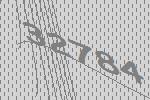
32784